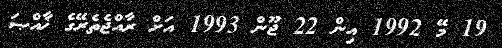
19 މޭ 1992 އިން 22 ޖޫން 1993 އަށް ރާއްޖެތެރޭގެ ޚާއްޞަ